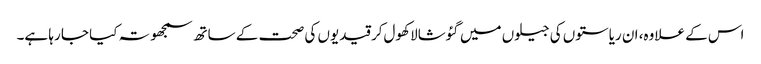
اس کے علاوہ، ان ریاستوں کی جیلوں میں گئوشالا کھول‌کر قیدیوں کی صحت کے ساتھ سمجھوتہ کیا جا رہا ہے۔